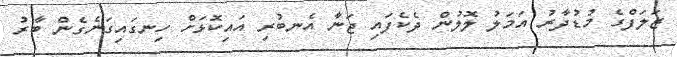
ޒަލަފްގެ މުޑުދާރު އަމަލު ލޮލުން ދެކެފައި ޖަނާ އެނބުރި އައިކޮޅަށް ހިނގައިގަނެގެން ބާރު